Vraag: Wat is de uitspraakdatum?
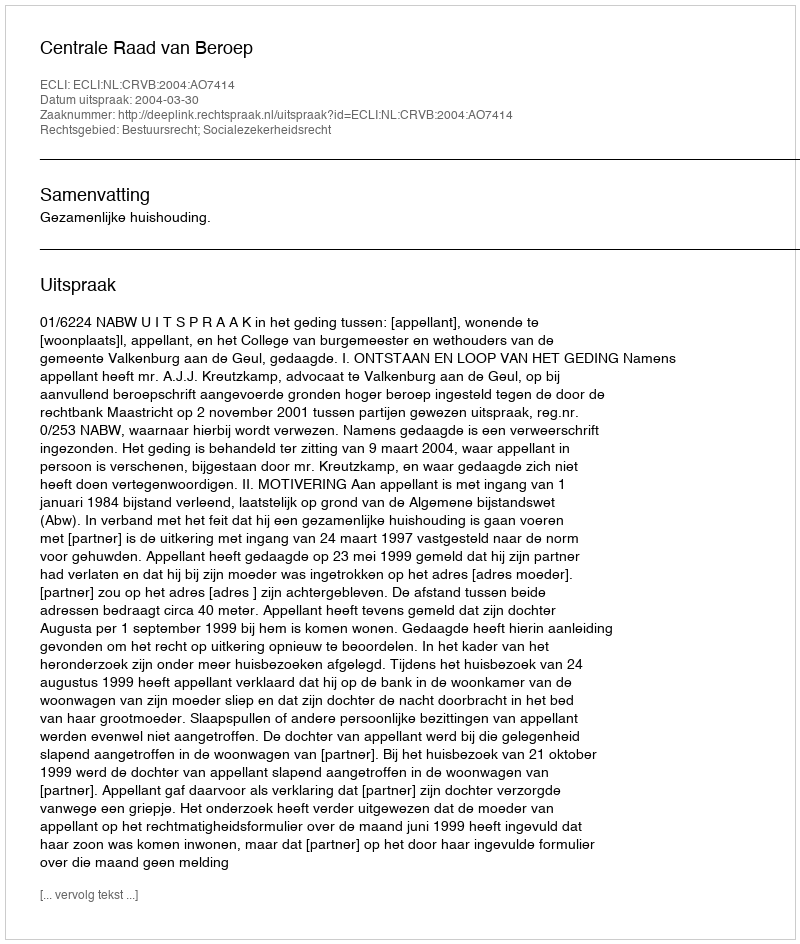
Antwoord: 2004-03-30